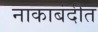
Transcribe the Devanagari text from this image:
नाकाबंदीत